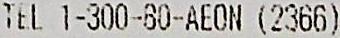
TEL 1-300-80-AEON (2366)